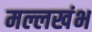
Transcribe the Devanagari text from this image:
मल्लखंभ